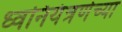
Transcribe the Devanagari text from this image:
ध्वनियंत्रणेच्या